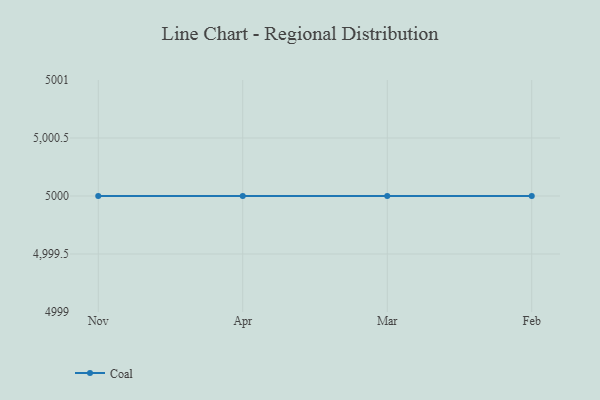
{"axis": {"x": "Month", "y": "LTV (USD)"}, "legend": ["Coal"], "data": [{"x": "Nov", "y": 5000, "type": "Coal"}, {"x": "Apr", "y": 5000, "type": "Coal"}, {"x": "Mar", "y": 5000, "type": "Coal"}, {"x": "Feb", "y": 5000, "type": "Coal"}]}